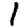
Digit: 1